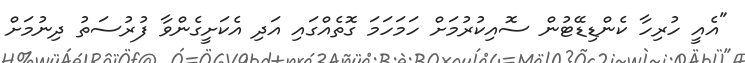
"އެއީ ހުރިހާ ކެންޑިޑޭޓުން ސޮއިކުރުމަށް ހަމަހަމަ ގޮތެއްގައި އަދި އެކަށީގެންވާ ފުރުސަތު ދިނުމަށް